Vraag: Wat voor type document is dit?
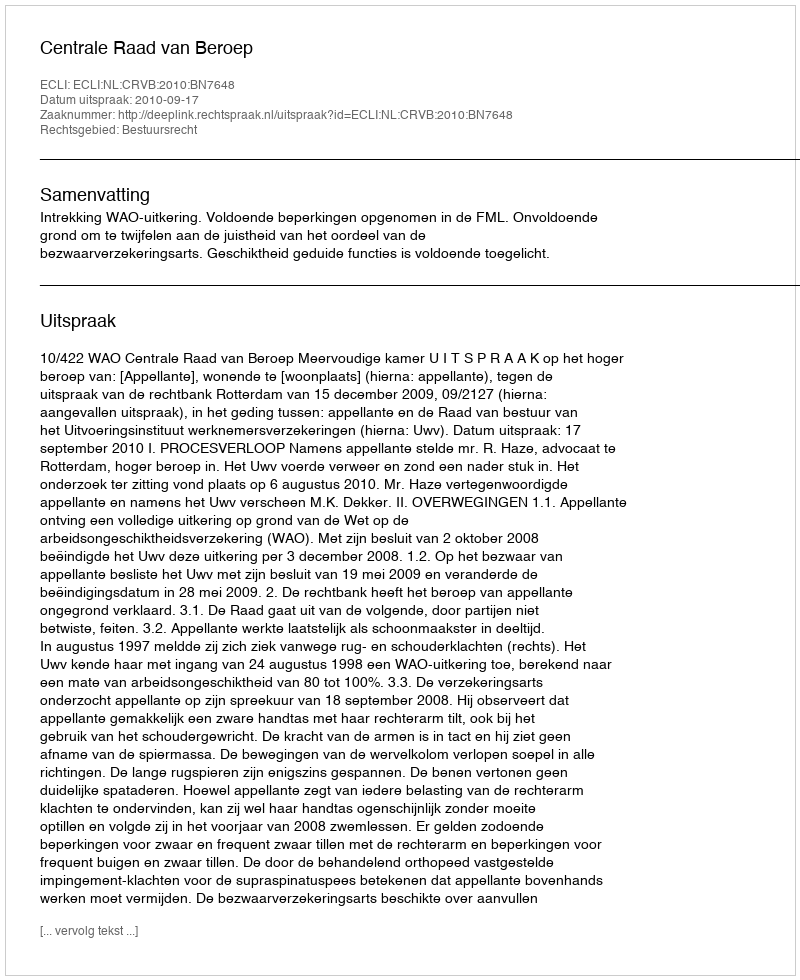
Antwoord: Uitspraak